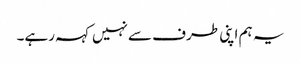
یہ ہم اپنی طرف سےنہیں کہہ رہے۔